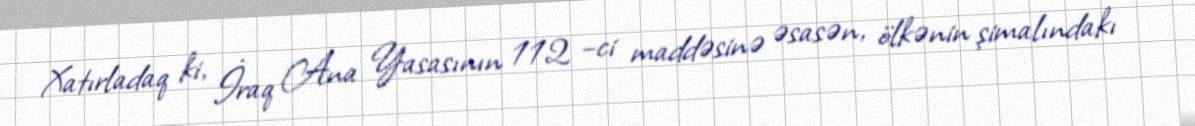
Xatırladaq ki, İraq Ana Yasasının 112 –ci maddəsinə əsasən, ölkənin şimalındakı